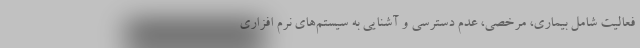
فعالیت شامل بیماری، مرخصی، عدم دسترسی و آشنایی به سیستم‌های نرم افزاری